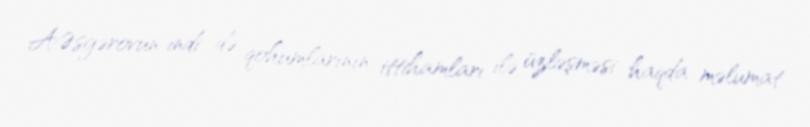
A.Əsgərovun indi də qohumlarının ittihamları ilə üzləşməsi haqda məlumat